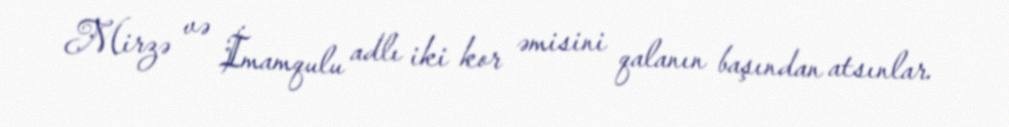
Mirzə və İmamqulu adlı iki kor əmisini qalanın başından atsınlar.